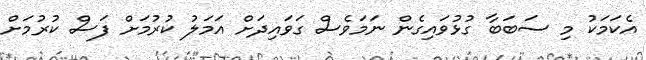
އެކަމަކު މި ސަބަބާ ގުޅުވައިގެން ނަމަވެސް ގަވައިދަށް އަމަލު ކުރުމަށް ފަސް ކުރުމަށް